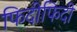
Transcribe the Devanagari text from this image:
फिदीफिदी